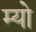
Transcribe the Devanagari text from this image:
म्‍यो